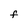
Character: F